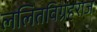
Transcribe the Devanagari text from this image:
ललितविग्रहराजः